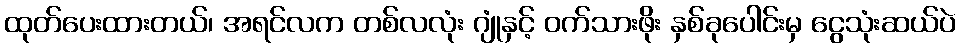
ထုတ်ပေးထားတယ်၊ အရင်လက တစ်လလုံး ဂျုံနှင့် ဝက်သားဖိုး နှစ်ခုပေါင်းမှ ငွေသုံးဆယ်ပဲ